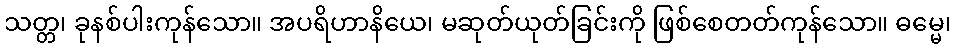
သတ္တ၊ ခုနစ်ပါးကုန်သော။ အပရိဟာနိယေ၊ မဆုတ်ယုတ်ခြင်းကို ဖြစ်စေတတ်ကုန်သော။ ဓမ္မေ၊